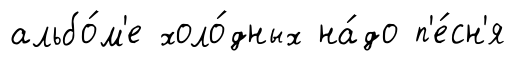
альбо́м'е холо́дных на́до п'е́сн'я